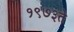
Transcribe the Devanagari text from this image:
१९७३ते